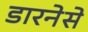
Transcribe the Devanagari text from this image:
डारनेसे